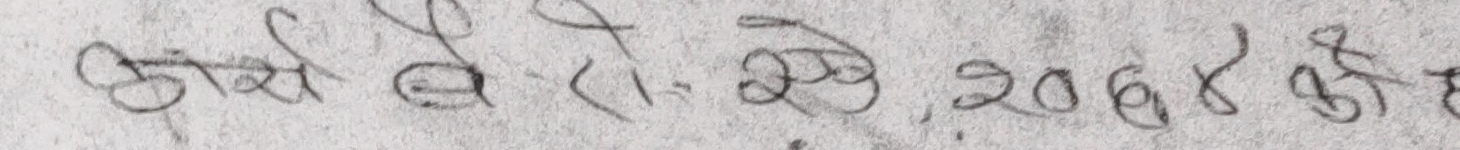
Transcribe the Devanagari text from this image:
ओको बैरो. ऐश, 2068 की